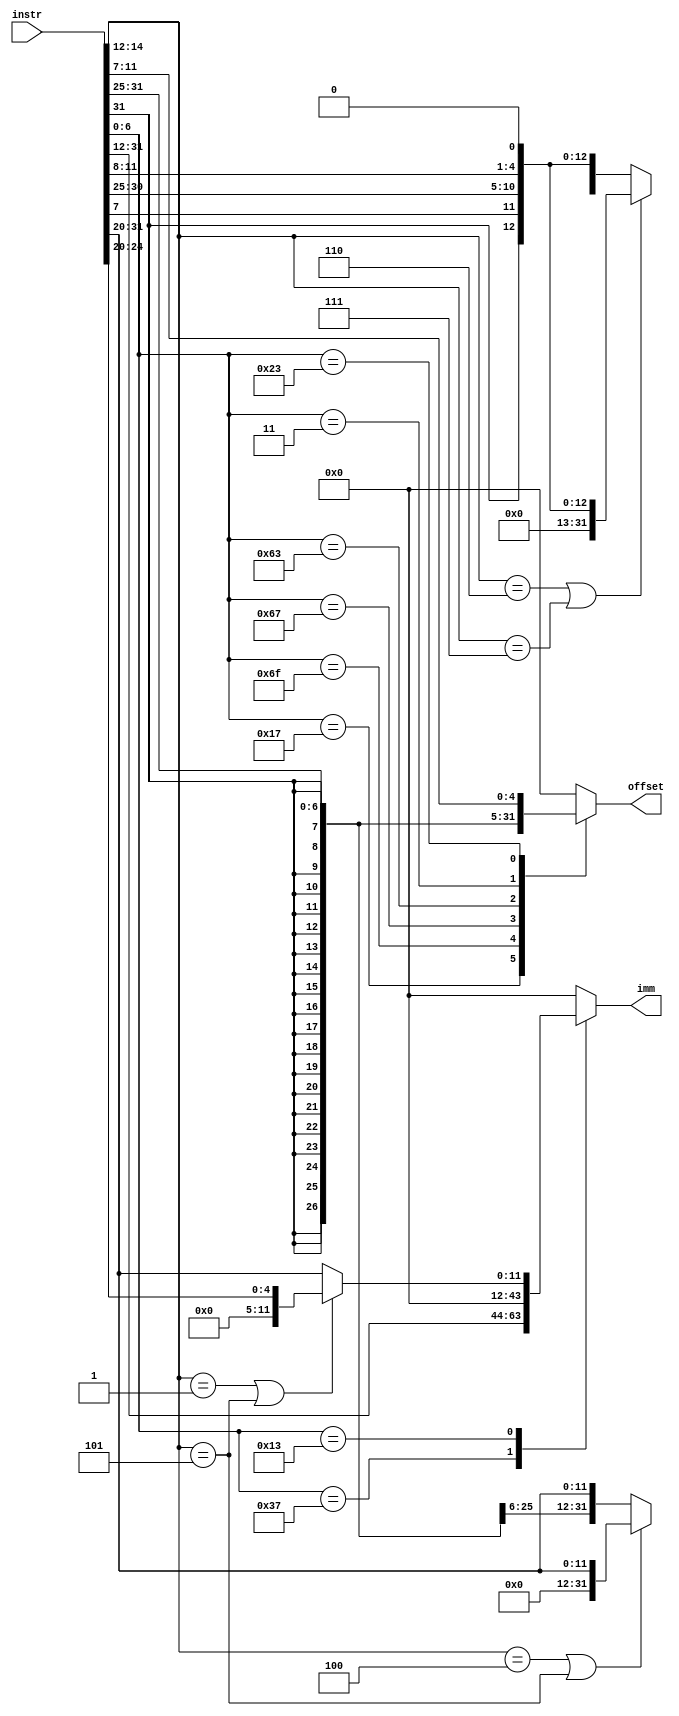
// Imm generator

 module gen( instr, imm, offset);

  input [31:0] instr;
  output reg [31:0] imm, offset;
  
  always@(*) begin

  case(instr[6:0])
  		7'b0110111: begin
						 imm <= {instr[31:12],{12{1'b0}}};
						 offset <= 32'd0;
						end
  		7'b0010111: begin
						 offset <= {{12{instr[31]}},instr[31:12]};
						 imm <= 32'd0;
						end
  		7'b1101111: begin
						 offset <= {{12{instr[31]}}, instr[31], instr[19:12], instr[20], instr[30:21], 1'b0};
						 imm <= 32'd0;
						end
  		7'b1100111: begin
						 offset <= {{20{instr[31]}},instr[31:20]};
						 imm <= 32'd0;
						end
  		7'b1100011: begin
						 offset <= (instr[14:12] == 3'b110 | instr[14:12] == 3'b111)? {{20{1'b0}}, instr[31], instr[7], instr[30:25], instr[11:8],1'b0}: {{20{instr[31]}}, instr[31], instr[7], instr[30:25], instr[11:8],1'b0};
						 imm <= 32'd0;
						end
  		7'b0000011: begin
						 offset <= (instr[14:12] == 3'b100 | instr[14:12] == 3'b101)? {{20{1'b0}},instr[31:20]}: {{20{instr[31]}},instr[31:20]};
						 imm <= 32'd0;
						end
  		7'b0100011: begin
						 offset <= {{20{instr[31]}},instr[31:25],instr[11:7]};
						 imm <= 32'd0;
						end
  		7'b0010011: begin
						 imm <= (instr[14:12] == 3'b001 | instr[14:12] == 3'b101)? {{27{1'b0}},instr[24:20]}: {{20{1'b0}},instr[31:20]};
						 offset <= 32'b0;
						end
  		default: begin
						 imm <= 32'd0;
						 offset <= 32'd0;
						end
  endcase
  end
  endmodule